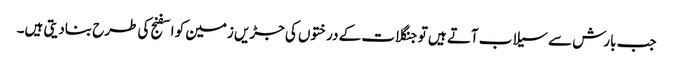
جب بارش سے سیلاب آتے ہیں تو جنگلات کے درختوں کی جڑیں زمین کو اسفنج کی طرح بنادیتی ہیں۔